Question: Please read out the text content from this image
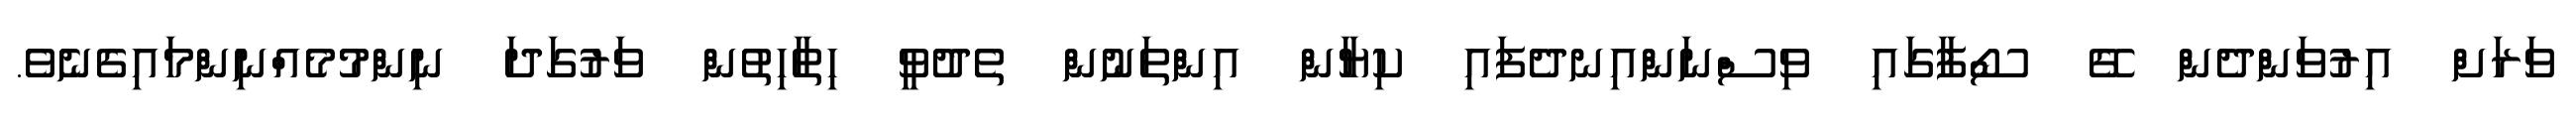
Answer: ވަރަށް އިރުވަންދެން ގޭ ސޯފާގައި ވިސްނަންއިނދެފައި ކިޔާން އިންތަނުން ތެދުވީ ހިތާހިތުން ވަރުގަދަ ނިންމުމެއްނިންމައިގެނެވެ.